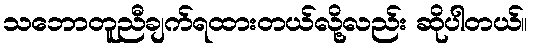
သဘောတူညီချက်ရထားတယ်လို့လည်း ဆိုပါတယ်။